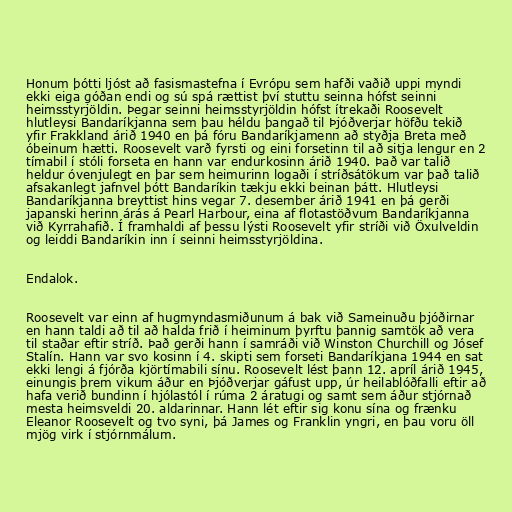
Honum þótti ljóst að fasismastefna í Evrópu sem hafði vaðið uppi myndi
ekki eiga góðan endi og sú spá rættist því stuttu seinna hófst seinni
heimsstyrjöldin. Þegar seinni heimsstyrjöldin hófst ítrekaði Roosevelt
hlutleysi Bandaríkjanna sem þau héldu þangað til Þjóðverjar höfðu tekið
yfir Frakkland árið 1940 en þá fóru Bandaríkjamenn að styðja Breta með
óbeinum hætti. Roosevelt varð fyrsti og eini forsetinn til að sitja lengur en 2
tímabil í stóli forseta en hann var endurkosinn árið 1940. Það var talið
heldur óvenjulegt en þar sem heimurinn logaði í stríðsátökum var það talið
afsakanlegt jafnvel þótt Bandaríkin tækju ekki beinan þátt. Hlutleysi
Bandaríkjanna breyttist hins vegar 7. desember árið 1941 en þá gerði
japanski herinn árás á Pearl Harbour, eina af flotastöðvum Bandaríkjanna
við Kyrrahafið. Í framhaldi af þessu lýsti Roosevelt yfir stríði við Öxulveldin
og leiddi Bandaríkin inn í seinni heimsstyrjöldina.

Endalok.

Roosevelt var einn af hugmyndasmiðunum á bak við Sameinuðu þjóðirnar
en hann taldi að til að halda frið í heiminum þyrftu þannig samtök að vera
til staðar eftir stríð. Það gerði hann í samráði við Winston Churchill og Jósef
Stalín. Hann var svo kosinn í 4. skipti sem forseti Bandaríkjana 1944 en sat
ekki lengi á fjórða kjörtímabili sínu. Roosevelt lést þann 12. apríl árið 1945,
einungis þrem vikum áður en Þjóðverjar gáfust upp, úr heilablóðfalli eftir að
hafa verið bundinn í hjólastól í rúma 2 áratugi og samt sem áður stjórnað
mesta heimsveldi 20. aldarinnar. Hann lét eftir sig konu sína og frænku
Eleanor Roosevelt og tvo syni, þá James og Franklin yngri, en þau voru öll
mjög virk í stjórnmálum.